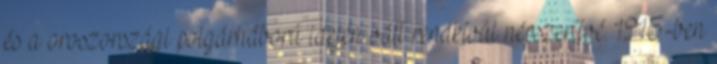
és a oroszországi polgárháború idején vált rendkívül népszerűvé. 1915-ben